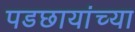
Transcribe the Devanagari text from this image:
पडछायांच्या